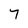
Character: 7